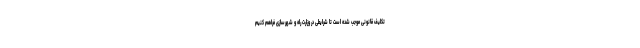
تکلیف قانونی موجب شده است تا شرایطی در وزارت راه و شهرسازی فراهم کنیم